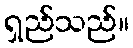
ရှည်သည်။